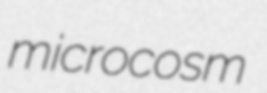
microcosm